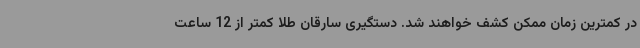
در کمترین زمان ممکن کشف خواهند شد. دستگیری سارقان طلا کمتر از 12 ساعت